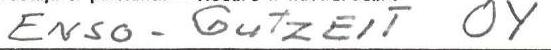
ENSO-GUTZEIT OY